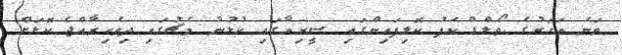
ވަނަ އަހަރުގެ ވޯލްޑް ކަޕު ކޮލިފައިންގައި ސީރިއާގައި ކުޅުނު މެޗުގައި ދިވެހިރާއްޖެ ކޮޅަށް